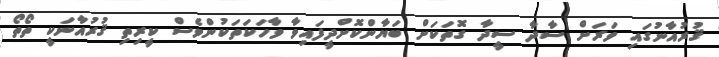
ޤުރުއާނުގައި ވަރަށް ސާދާ ސީދާ ގޮތަކަށް ބަޔާންކޮށްދީފައިވާ ވާހަކަތަކުންވެސް ކީރިތި ޤުރުއާނަކީ ތޯތޯ